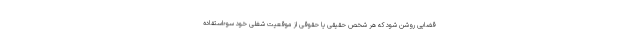
قضایی روشن شود که هر شخص حقیقی یا حقوقی از موقعیت شغلی خود سوءاستفاده